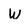
Character: w